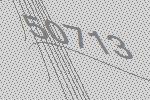
50713